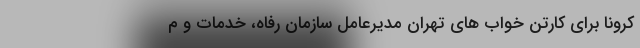
کرونا برای کارتن‌ خواب ‌های تهران مدیرعامل سازمان رفاه، خدمات و م